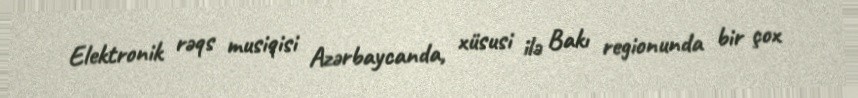
Elektronik rəqs musiqisi Azərbaycanda, xüsusi ilə Bakı regionunda bir çox